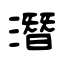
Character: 潛